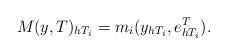
LaTeX: \begin{align*} M(y,T)_{h T_i} = m_i(y_{h T_i},e^T_{h T_i}). \end{align*}